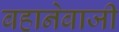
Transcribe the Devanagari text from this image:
बहानेबाजी